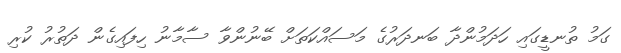
ގަމު ތުނޑީގައި ހަދަމުންދާ ބަނދަރުގެ މަސައްކަތަށް ބޭނުންވާ ސާމާނު ހިފައިގެން ދަތުރު ކުރި